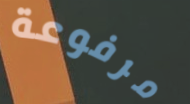
مرفوعة